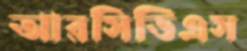
আরসিডিএস